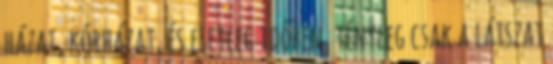
házat, kórházat, és esetleg időben, tényleg csak a látszat